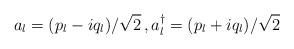
LaTeX: \begin{align*}a_l=(p_l- i q_l)/\sqrt{2} \, , a_l^\dagger = (p_l + i q_l)/\sqrt{2}\end{align*}